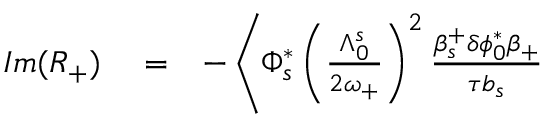
\begin{array} { r l r } { I m ( R _ { + } ) } & { { } = } & { - \left\langle \Phi _ { s } ^ { * } \left( \frac { \Lambda _ { 0 } ^ { s } } { 2 \omega _ { + } } \right) ^ { 2 } \frac { \beta _ { s } ^ { + } \delta \phi _ { 0 } ^ { * } \beta _ { + } } { \tau b _ { s } } \right. } \end{array}